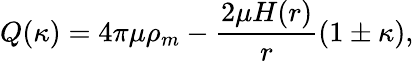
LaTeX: Q(\kappa)=4\pi\mu\rho_{m}-\frac{2\mu H(r)}{r}(1\pm\kappa),